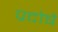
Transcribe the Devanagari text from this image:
प्रदोषे